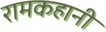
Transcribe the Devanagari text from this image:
रामकहानी